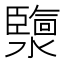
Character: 𤂟